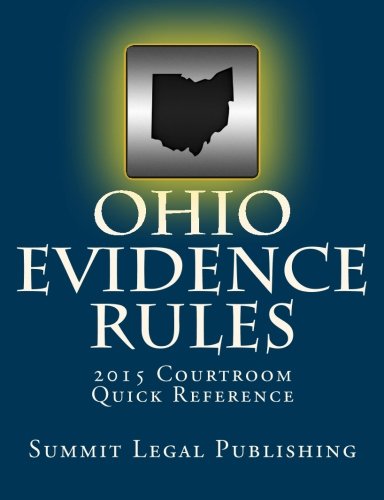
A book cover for Ohio Evidence Rules Courtroom Quick Reference: 2015; Summit Legal Publishing; Law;